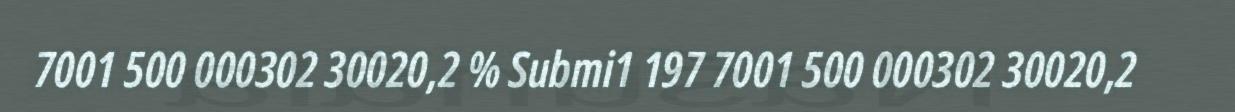
7001 500 000302 30020,2 % Submi1 197 7001 500 000302 30020,2